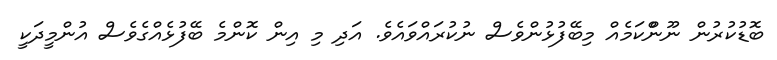
ބޮޑުކުުރުން ނޫންްކަމެއް މިބޭފުޅުންވެސް ނުކުރައްވައެވެ. އަދި މި އިން ކޮންމެ ބޭފުޅެއްގެވެސް އުންމީދަކީ